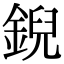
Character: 𫒪